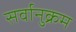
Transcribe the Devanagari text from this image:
सर्वानुक्रम